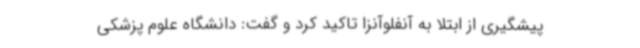
پیشگیری از ابتلا به آنفلوآنزا تاکید کرد و گفت: دانشگاه علوم پزشکی